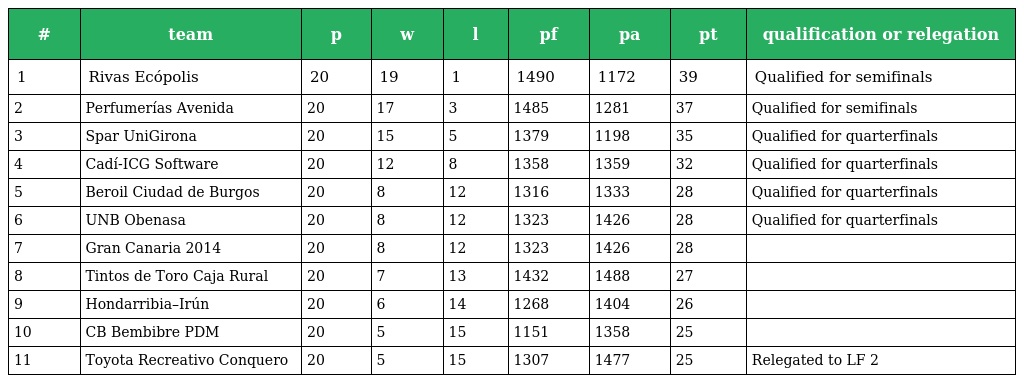
| # | team | p | w | l | pf | pa | pt | qualification or relegation |
 | --- | --- | --- | --- | --- | --- | --- | --- | --- |
 | 1 | Rivas Ecópolis | 20 | 19 | 1 | 1490 | 1172 | 39 | Qualified for semifinals |
 | 2 | Perfumerías Avenida | 20 | 17 | 3 | 1485 | 1281 | 37 | Qualified for semifinals |
 | 3 | Spar UniGirona | 20 | 15 | 5 | 1379 | 1198 | 35 | Qualified for quarterfinals |
 | 4 | Cadí-ICG Software | 20 | 12 | 8 | 1358 | 1359 | 32 | Qualified for quarterfinals |
 | 5 | Beroil Ciudad de Burgos | 20 | 8 | 12 | 1316 | 1333 | 28 | Qualified for quarterfinals |
 | 6 | UNB Obenasa | 20 | 8 | 12 | 1323 | 1426 | 28 | Qualified for quarterfinals |
 | 7 | Gran Canaria 2014 | 20 | 8 | 12 | 1323 | 1426 | 28 |  |
 | 8 | Tintos de Toro Caja Rural | 20 | 7 | 13 | 1432 | 1488 | 27 |  |
 | 9 | Hondarribia–Irún | 20 | 6 | 14 | 1268 | 1404 | 26 |  |
 | 10 | CB Bembibre PDM | 20 | 5 | 15 | 1151 | 1358 | 25 |  |
 | 11 | Toyota Recreativo Conquero | 20 | 5 | 15 | 1307 | 1477 | 25 | Relegated to LF 2 |